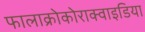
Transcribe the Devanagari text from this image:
फालाक्रोकोराक्वाइडिया